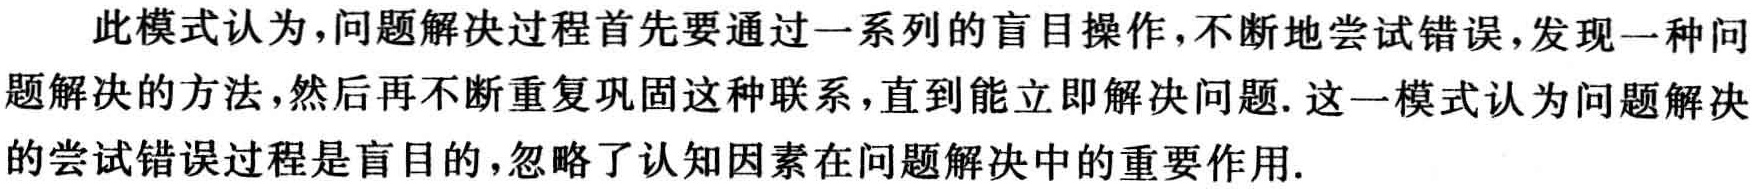
此模式认为，问题解决过程首先要通过一系列的盲目操作，不断地尝试错误，发现一种问
题解决的方法，然后再不断重复巩固这种联系，直到能立即解决问题. 这一模式认为问题解决
的尝试错误过程是盲目的，忽略了认知因素在问题解决中的重要作用.